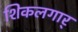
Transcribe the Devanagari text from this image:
शिकलगार्